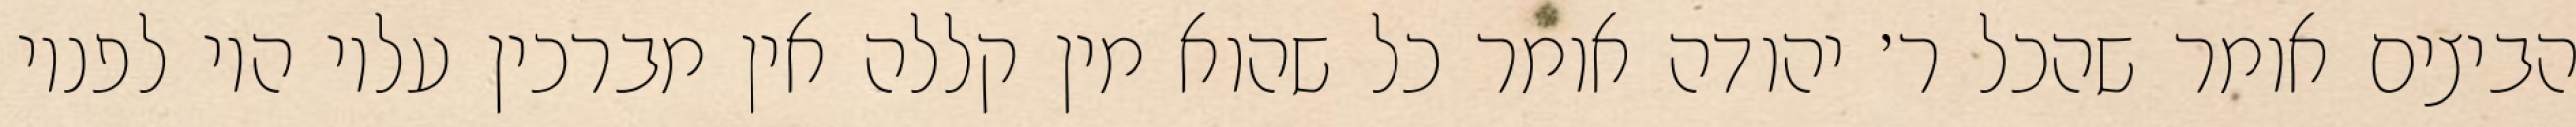
הביצים אומר שהכל ר׳ יהודה אומר כל שהוא מין קללה אין מברכין עליו היו לפניו